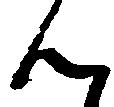
ん